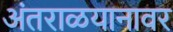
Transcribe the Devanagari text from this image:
अंतराळयानावर